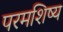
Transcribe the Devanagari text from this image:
परमशिष्य